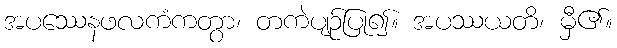
အပဿေနဖလကံကတွာ၊ တကဲပျဉ်ပြု၍။ အပဿယတိ၊ မှီ၏။